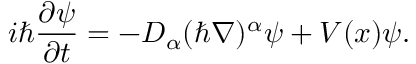
i \hbar \frac { \partial \psi } { \partial t } = - D _ { \alpha } ( \hbar \nabla ) ^ { \alpha } \psi + V ( x ) \psi .